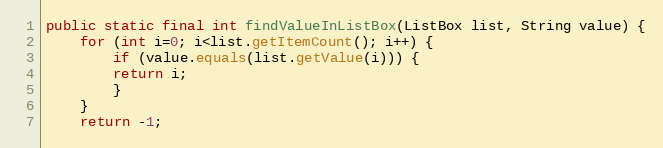
Language: Java
public static final int findValueInListBox(ListBox list, String value) {
	for (int i=0; i<list.getItemCount(); i++) {
	    if (value.equals(list.getValue(i))) {
		return i;
	    }
	}
	return -1;